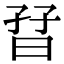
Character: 𡥨